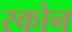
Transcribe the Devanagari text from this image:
स्कोन